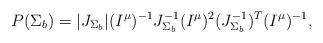
LaTeX: \begin{align*}P(\Sigma_b) = |J_{\Sigma_b}| (I^{\mu})^{-1} J_{\Sigma_b}^{-1} (I^{\mu})^2 (J_{\Sigma_b}^{-1})^T(I^{\mu})^{-1},\end{align*}